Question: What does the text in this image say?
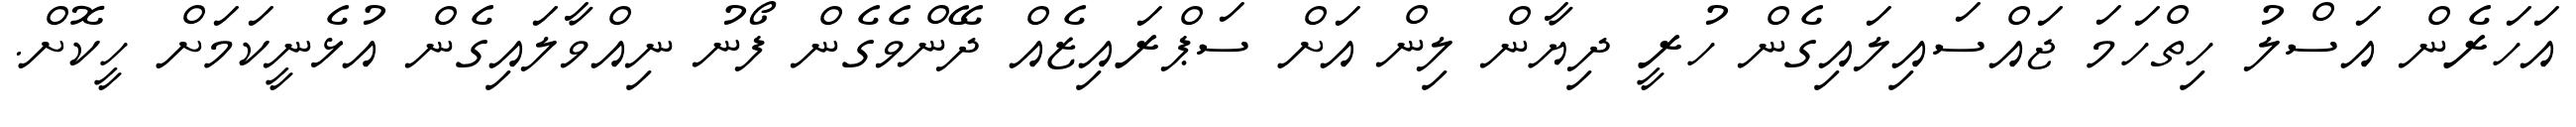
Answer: އަހަރެން އަސްލު ހިތްހަމަ ޖައްސައިލައިގެން ހުރީ ދިޔާން ލިން އަށް ސަޕްރައިޒެއް ދޭންވެގެން ފޯނު ނިއްވާލައިގެން އުޅެނީކަމަށް ހީކޮށް.